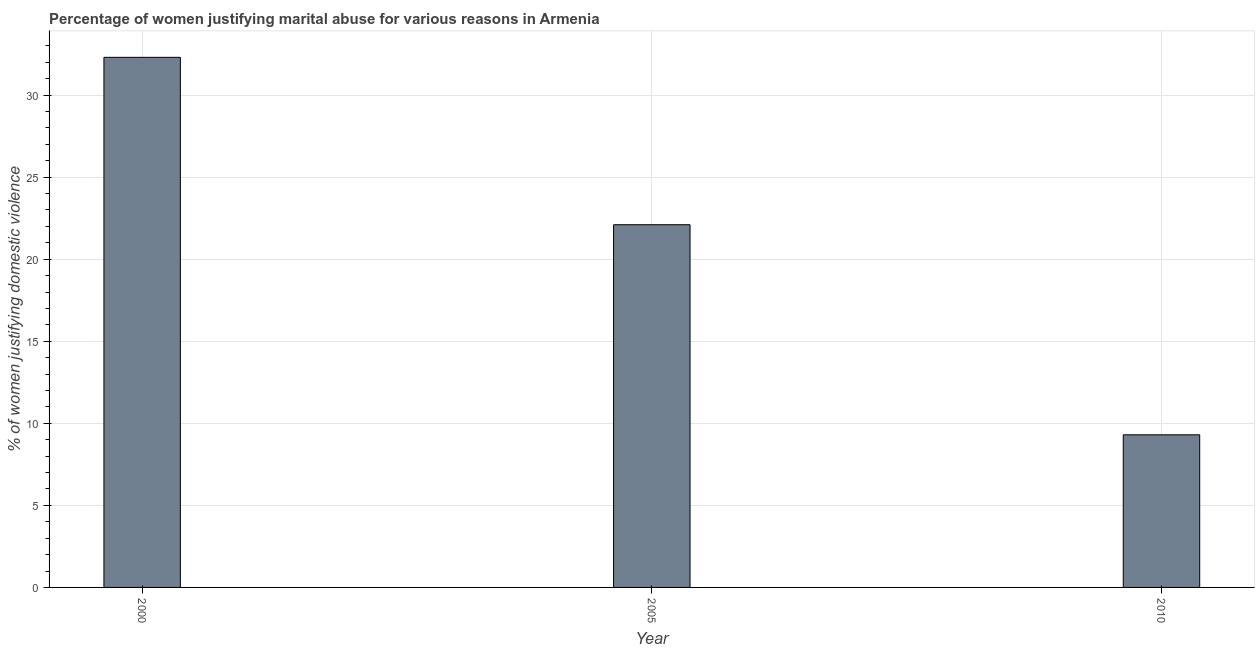
| Year | Physical abuse |
 | --- | --- |
 | 2000 | 32.3 |
 | 2005 | 22.1 |
 | 2010 | 9.3 |